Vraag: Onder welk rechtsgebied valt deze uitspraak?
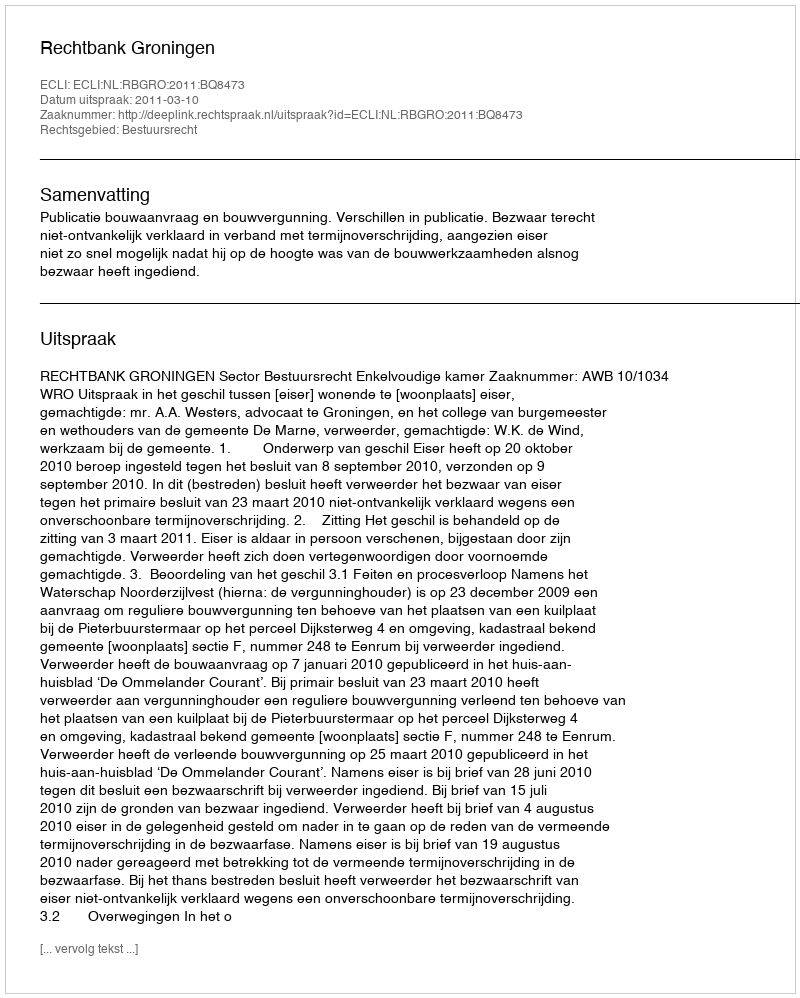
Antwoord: Bestuursrecht